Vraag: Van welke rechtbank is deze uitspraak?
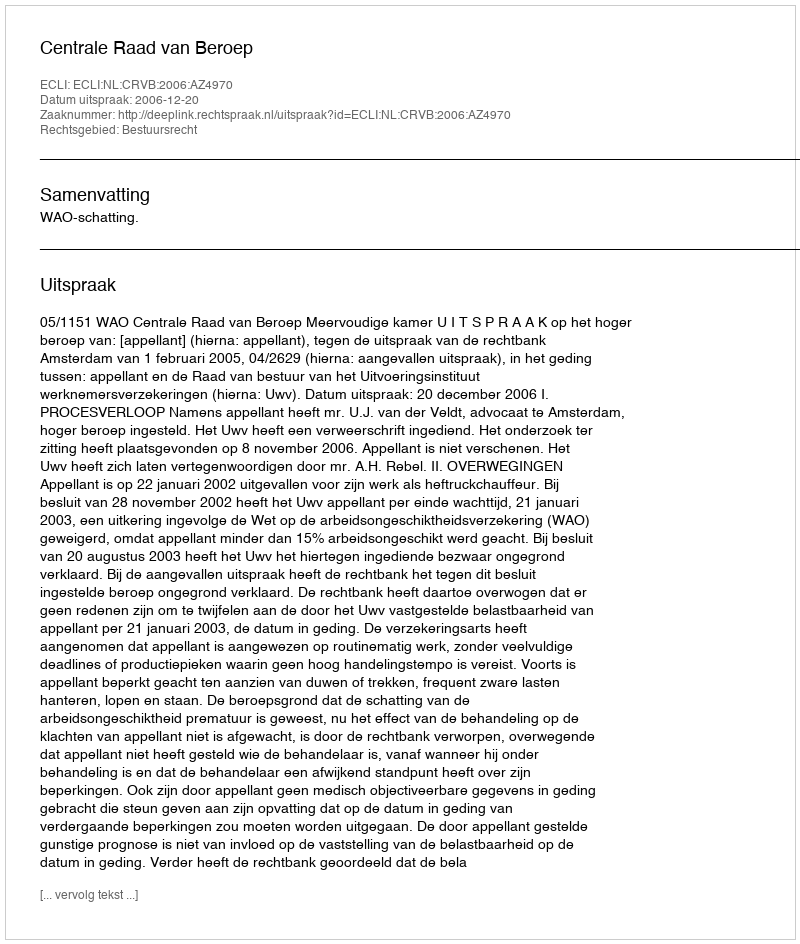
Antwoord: Centrale Raad van Beroep